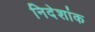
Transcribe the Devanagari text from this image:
निदेशांक